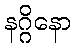
နဂ္ဂိနော